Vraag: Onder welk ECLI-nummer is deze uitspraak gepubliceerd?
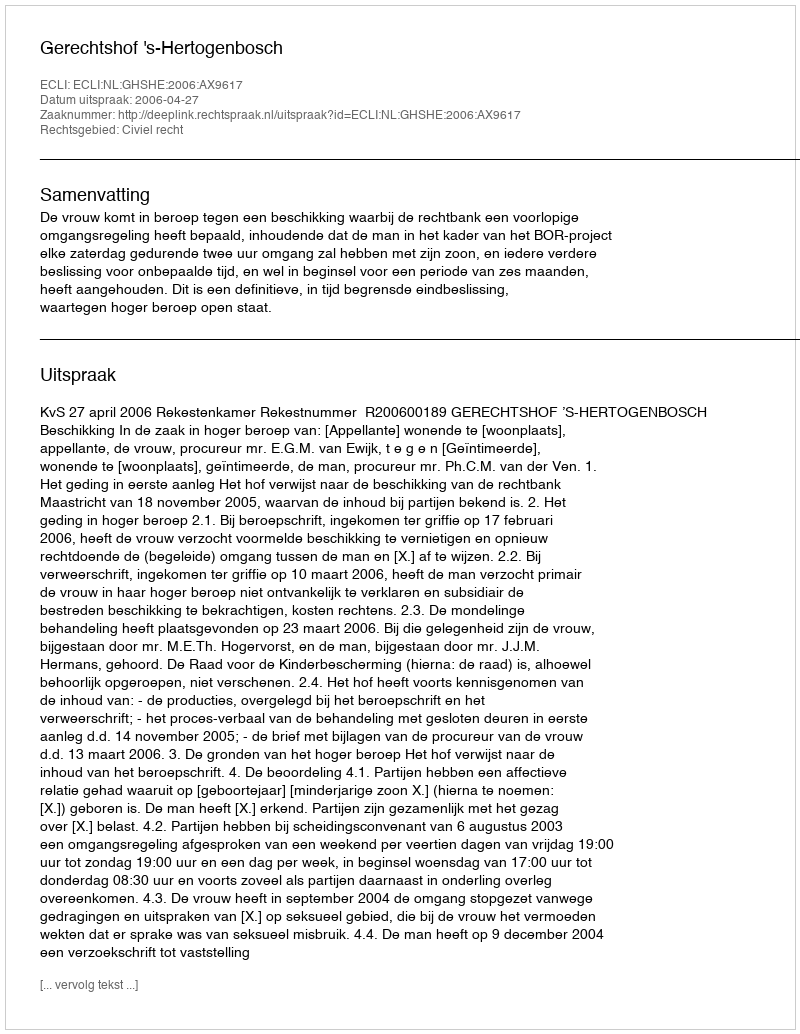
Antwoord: ECLI:NL:GHSHE:2006:AX9617